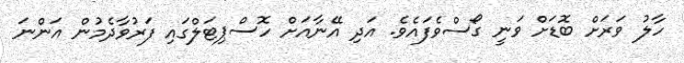
ހާލު ވަރަށް ބޮޑަށް ވަނީ ގޯސްވެފައެވެ. އަދި އޭނާއަށް ހޮސްޕިޓަލްގައި ފަރުވާދެމުން އަންނަ